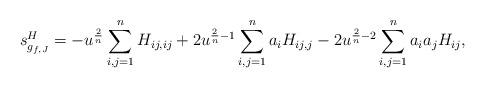
LaTeX: \begin{align*}{s}^H_{g_{f,J}}=-u^{\frac{2}{n}}\sum_{i,j=1}^nH_{ij,ij}+2u^{\frac{2}{n}-1}\sum_{i,j=1}^na_iH_{ij,j}-2u^{\frac{2}{n}-2}\sum_{i,j=1}^na_ia_jH_{ij},\end{align*}